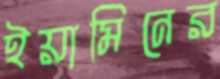
ইয়ামিনের